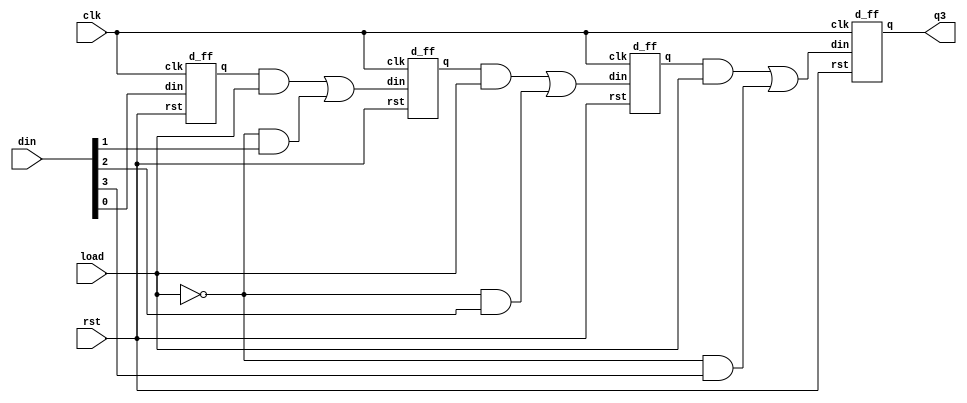
`timescale 1ns / 1ps
module piso(q3,din,clk,rst,load);
output q3;
input [3:0]din;
input clk;
input rst;
input load;
wire s1,s2,s3;
wire [2:0]q;
assign s1= ((q[0] & load)|(~load & din[1]));
assign s2= ((q[1] & load)|(~load & din[2]));
assign s3= ((q[2] & load)|(~load & din[3]));
d_ff d1(q[0],din[0],clk,rst);
d_ff d2(q[1],s1,clk,rst);
d_ff d3(q[2],s2,clk,rst);
d_ff d4(q3,s3,clk,rst);
endmodule

module d_ff(q,din,clk,rst);
output reg q;

input din,clk,rst;
always @(posedge clk)
if(rst)
begin
q<=0;
end
else
begin
q<=din;
end

endmodule